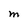
Character: M